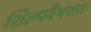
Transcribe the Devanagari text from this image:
शिल्पवैभवात